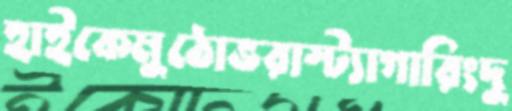
হাইকেমুঠোভরাস্ট্যাগারিংদু